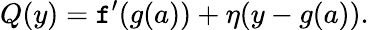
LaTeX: Q(y)=\mathtt{f}^{\prime}(g(a))+\eta(y-g(a)).